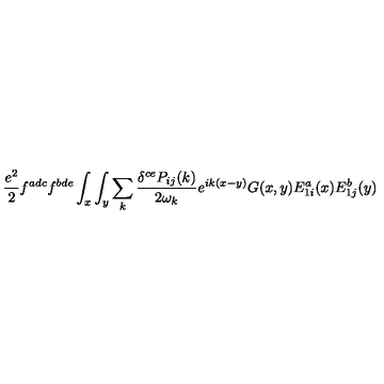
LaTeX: { \frac { e ^ { 2 } } { 2 } } f ^ { a d c } f ^ { b d e } \int _ { x } \int _ { y } \sum _ { k } { \frac { \delta ^ { c e } P _ { i j } ( k ) } { 2 \omega _ { k } } } e ^ { i k ( x - y ) } G ( x , y ) E _ { 1 i } ^ { a } ( x ) E _ { 1 j } ^ { b } ( y )